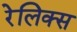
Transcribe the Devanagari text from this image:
रेलिक्स